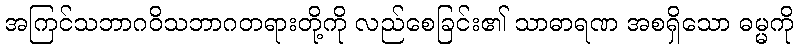
အကြင်သဘာဂဝိသဘာဂတရားတို့ကို လည်စေခြင်း၏ သာဓာရဏ အစရှိသော ဓမ္မကို